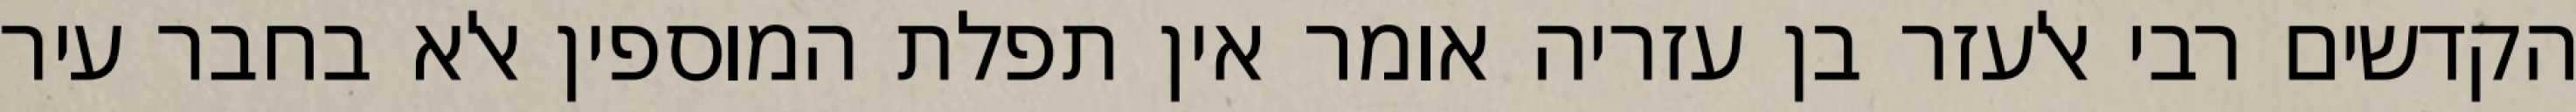
הקדשים רבי אלעזר בן עזריה אומר אין תפלת המוספין אלא בחבר עיר